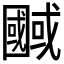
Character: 𭍷